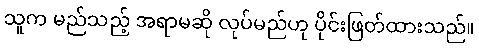
သူက မည်သည့် အရာမဆို လုပ်မည်ဟု ပိုင်းဖြတ်ထားသည်။